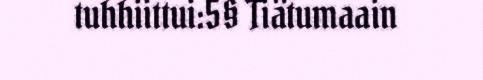
tuhhiittui:5§ Tiätumaain